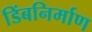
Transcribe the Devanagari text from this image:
डिंबनिर्माण